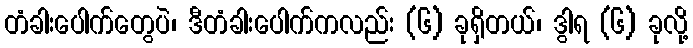
တံခါးပေါက်တွေပဲ၊ ဒီတံခါးပေါက်ကလည်း (၆) ခုရှိတယ်၊ ဒွါရ (၆) ခုလို့